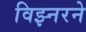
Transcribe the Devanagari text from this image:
विझ्नरने